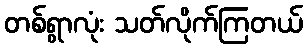
တစ်ရွာလုံး သတ်လိုက်ကြတယ်